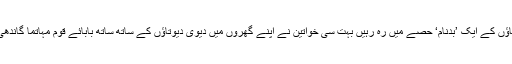
شہر کے منڈواڈیہہ علاقے سے متصل اس گاؤں کے ایک ’بدنام‘ حصے میں رہ رہیں بہت سی خواتین نے اپنے گھروں میں دیوی دیوتاؤں کے ساتھ ساتھ بابائے قوم مہاتما گاندھی اور مسٹر مودی کی تصاویر لگا رکھی ہیں۔